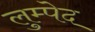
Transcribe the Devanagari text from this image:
लुम्पेद